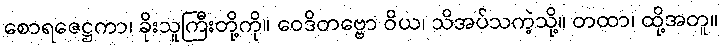
စောရဇေဋ္ဌကာ၊ ခိုးသူကြီးတို့ကို။ ဝေဒိတဗ္ဗော ဝိယ၊ သိအပ်သကဲ့သို့။ တထာ၊ ထို့အတူ။